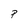
Character: P